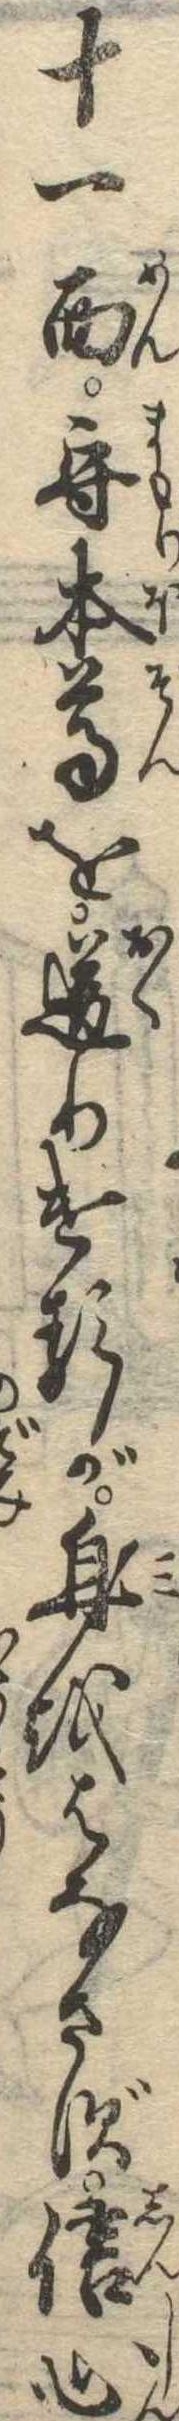
十一面守本尊を送りけるが身をはなさず信心